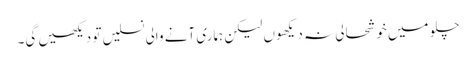
چلو میں خوشحالی نہ دیکھوں لیکن ہماری آنے والی نسلیں تو دیکھیں گی۔